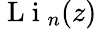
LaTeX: \mathrm{~L~i~}_{n}(z)